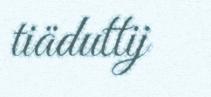
tiäduttij